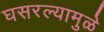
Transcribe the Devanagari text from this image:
घसरल्यामुळे